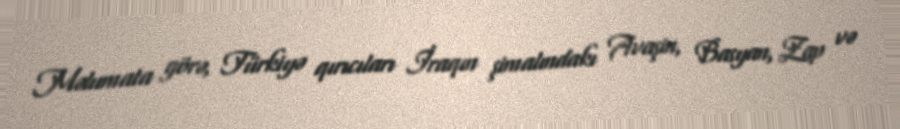
Məlumata görə, Türkiyə qırıcıları İraqın şimalındakı Avaşin, Basyan, Zap və